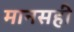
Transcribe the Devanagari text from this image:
मानसही